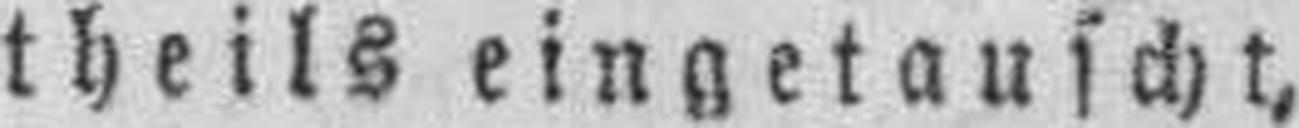
theils eingetauscht,